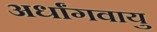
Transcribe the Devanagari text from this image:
अर्धांगवायु